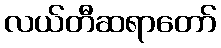
လယ်တီဆရာတော်